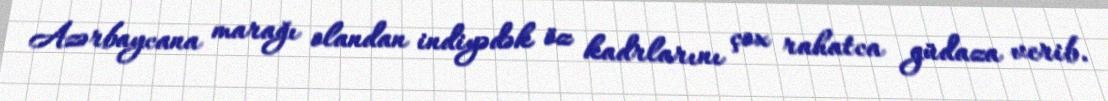
Azərbaycana marağı olandan indiyədək öz kadrlarını çox rahatca güdaza verib.